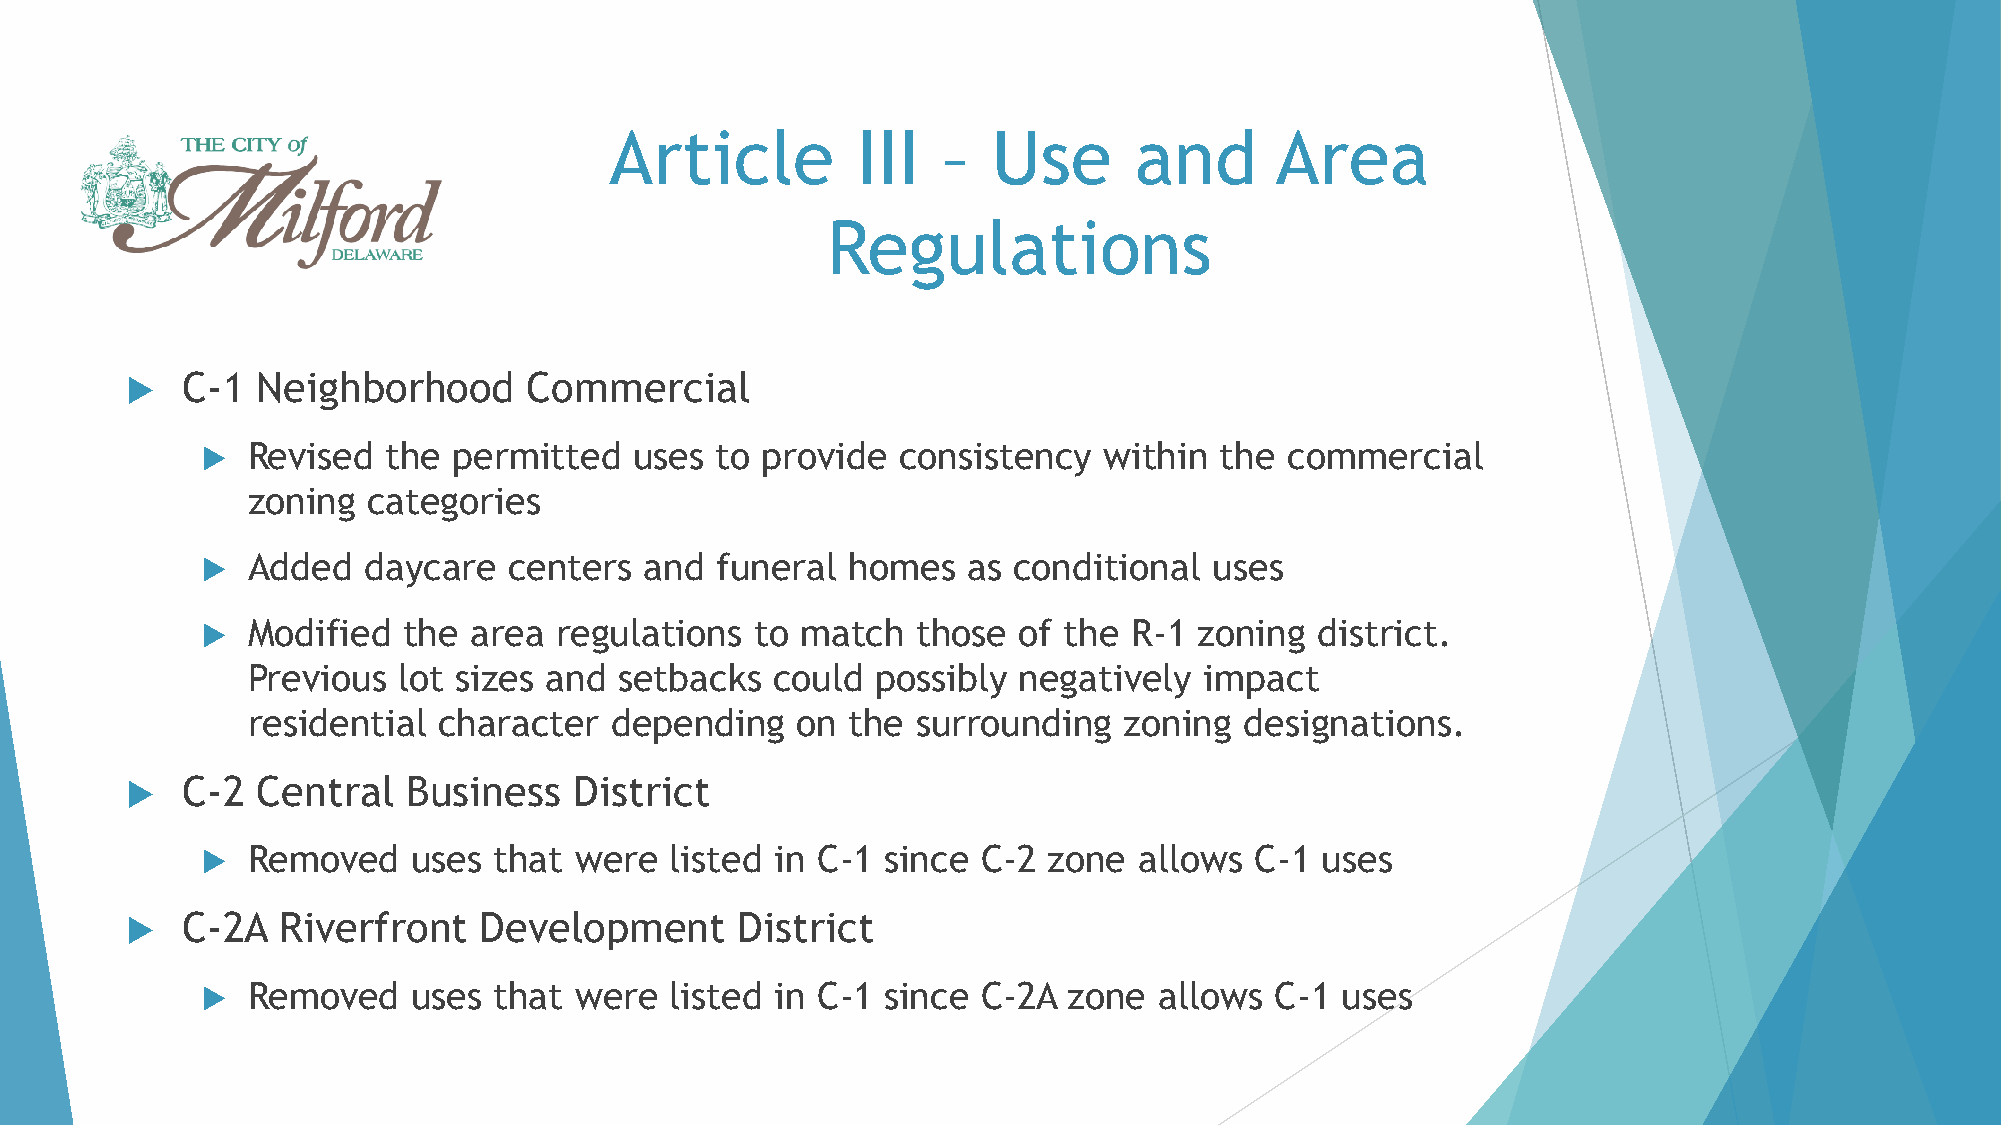
Article          III  –   Use      and      Area
 Regulations
    C-1  Neighborhood      Commercial
   Revised   the permitted   uses to provide   consistency  within  the commercial
 zoning  categories
   Added   daycare   centers  and funeral  homes   as conditional  uses
   Modified   the area  regulations  to match   those of the  R-1 zoning  district.
 Previous  lot sizes and  setbacks  could  possibly negatively   impact
 residential  character  depending    on the  surrounding  zoning  designations.
    C-2  Central   Business   District
   Removed    uses  that were  listed in C-1  since C-2 zone  allows  C-1 uses
    C-2A  Riverfront    Development      District
   Removed    uses  that were  listed in C-1  since C-2A  zone  allows C-1  uses